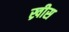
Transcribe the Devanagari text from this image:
ख्रीस